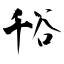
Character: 谸